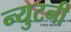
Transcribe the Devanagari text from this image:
न्युटनी